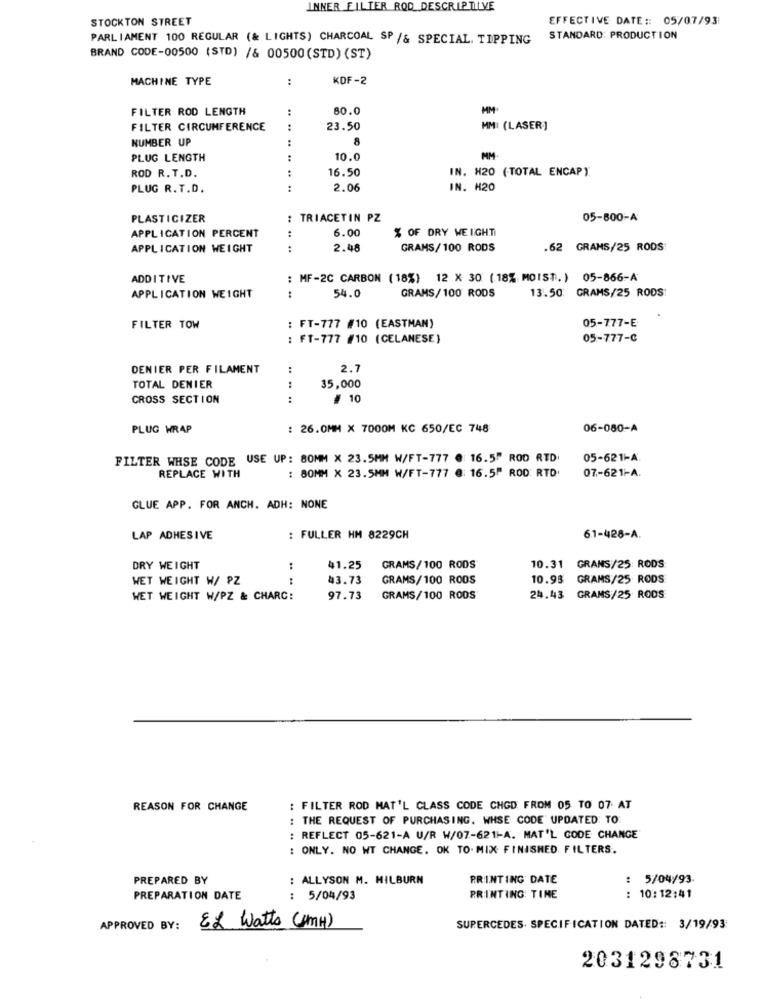
INNER FILTER ROD DESCRIPTIVE
STOCKTON STREET
EFFECTIVE DATE :: 05/07/93
PARLIAMENT 100 REGULAR (& LIGHTS) CHARCOAL SP /& SPECIAL. TIPPING
STANDARD: PRODUCTION
BRAND CODE-00500 (STD) /& 00500 (STD) (ST)
MACHINE TYPE
:
KDF-2
FILTER ROD LENGTH
80.0
MM
FILTER CIRCUMFERENCE
.. ..
23.50
MMI (LASER]
NUMBER UP
8
..
PLUG LENGTH
:
10.0
MM
ROD R. T.D.
16.50
IN. H20 (TOTAL ENCAP)
PLUG R.T.D.
.. ..
2.06
IN. H20
PLASTICIZER
: TRIACETIN PZ
05-800-A
APPLICATION PERCENT
6.00
% OF DRY WEIGHT
APPLICATION WEIGHT
2.48
GRAMS/100 RODS
.62 GRAMS/25 RODS
ADDITIVE
..
MF-2C CARBON (18%) 12 X 30 (18% MOIST.) 05-866-A
APPLICATION WEIGHT
54.0
:
GRAMS/100 RODS
13.50 GRAMS/25 RODS
05-777-E
FILTER TOW
: FT-777 #10 (EASTMAN)
: FT-777 #10 (CELANESE)
05-777-0
DENIER PER FILAMENT
2.7
...
TOTAL DENIER
. .
35,000
CROSS SECTION
:
# 10
PLUG WRAP
: 26.0MM X 7000M KC 650/EC 748
06-080-A
FILTER WHSE CODE USE UP: 80MM X 23.5MM W/FT-777 @ 16.5" ROD RTD.
05-621-A
REPLACE WITH
: 80MM X 23.5MM W/FT-777 @: 16.5" ROD: RTD'
07-621-A
GLUE APP. FOR ANCH. ADH: NONE
LAP ADHESIVE
: FULLER HM 8229CH
6.1-428-A.
DRY WEIGHT
41.25
GRAMS/100 RODS
10.31 GRANS/25: RODS
WET WEIGHT W/ PZ
....
43.73
GRAMS/100 ROOS
10.93
GRAMS/25 RODS
WET WEIGHT W/PZ & CHARC:
97.73
GRAMS/100 ROOS
24.43
GRAMS/25 RODS
REASON FOR CHANGE
: FILTER ROD MAT'L CLASS CODE CHOD FROM 05 TO 07 AT
: THE REQUEST OF PURCHASING. WHSE CODE" UPDATED: TO.
: REFLECT 05-621-A U/R W/07-621-A. MAT'L GODE CHANGE
: ONLY. NO WT CHANGE. OK TO. MIX FINISHED. FILTERS.
PREPARED BY
ALLYSON M. MILBURN
PRINTING DATE
: 5/04/93
PREPARATION DATE
: 5/04/93
PRINTING TIME
: 10:12:41
APPROVED BY:
EL Watts (HmH)
SUPERCEDES. SPECIFICATION DATED :: 3/19/93
2031298731